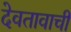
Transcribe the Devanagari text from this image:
देवतावाची